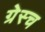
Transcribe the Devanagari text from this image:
ग्रेस्च